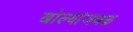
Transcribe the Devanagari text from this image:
खोल्यांजवळ